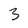
Character: 3